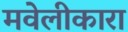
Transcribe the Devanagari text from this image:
मवेलीकारा